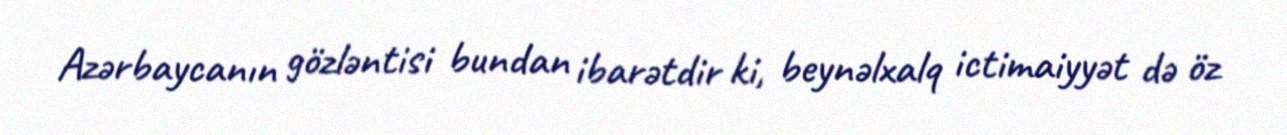
Azərbaycanın gözləntisi bundan ibarətdir ki, beynəlxalq ictimaiyyət də öz